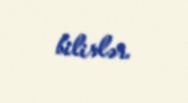
bilirlər.